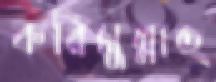
করিমুল্লাহ